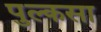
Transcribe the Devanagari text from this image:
पुल्कसा